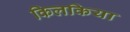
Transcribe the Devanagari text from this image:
किलकिया